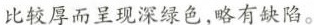
比较厚而呈现深绿色，略有缺陷。